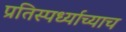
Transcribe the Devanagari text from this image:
प्रतिस्पर्ध्याच्याच